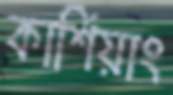
কার্শিয়াং